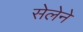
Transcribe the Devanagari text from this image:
सेलेने